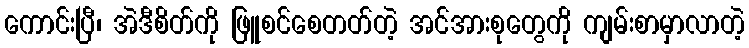
ကောင်းပြီ၊ အဲဒီစိတ်ကို ဖြူစင်စေတတ်တဲ့ အင်အားစုတွေကို ကျမ်းစာမှာလာတဲ့